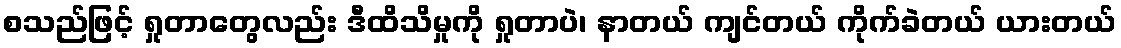
စသည်ဖြင့် ရှုတာတွေလည်း ဒီထိသိမှုကို ရှုတာပဲ၊ နာတယ် ကျင်တယ် ကိုက်ခဲတယ် ယားတယ်